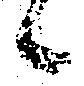
候